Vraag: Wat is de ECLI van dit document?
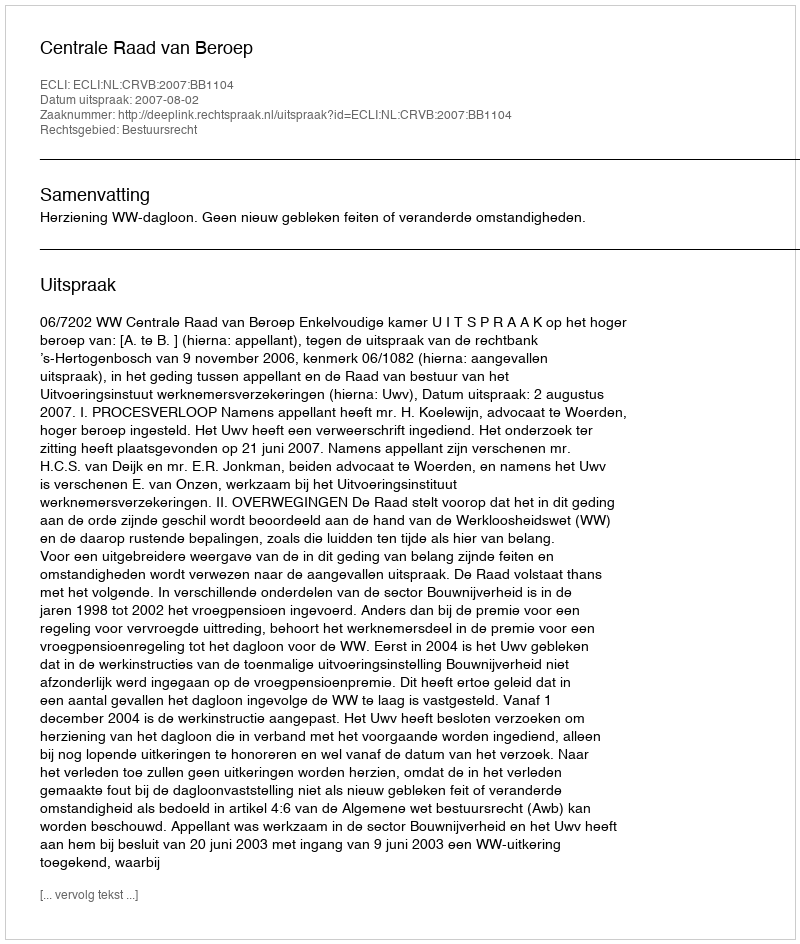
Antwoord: ECLI:NL:CRVB:2007:BB1104